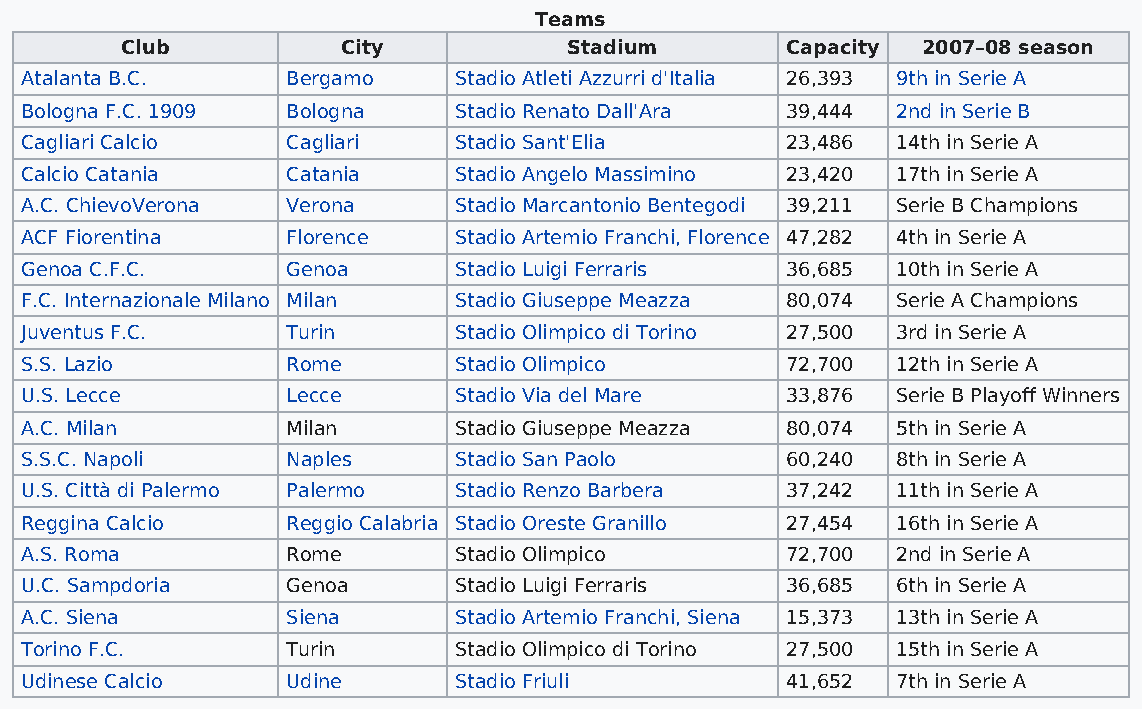
Teams
 Club           City           Stadium       Capacity 2007–08 season
 Atalanta B.C.     Bergamo    Stadio Atleti Azzurri d'Italia 26,393 9th in Serie A
 Bologna F.C. 1909 Bologna    Stadio Renato Dall'Ara 39,444 2nd in Serie B
 Cagliari Calcio   Cagliari   Stadio Sant'Elia      23,486 14th in Serie A
 Calcio Catania    Catania    Stadio Angelo Massimino 23,420 17th in Serie A
 A.C. ChievoVerona Verona     Stadio Marcantonio Bentegodi 39,211 Serie B Champions
 ACF Fiorentina    Florence   Stadio Artemio Franchi, Florence 47,282 4th in Serie A
 Genoa C.F.C.      Genoa      Stadio Luigi Ferraris 36,685 10th in Serie A
 F.C. Internazionale Milano Milan Stadio Giuseppe Meazza 80,074 Serie A Champions
 Juventus F.C.     Turin      Stadio Olimpico di Torino 27,500 3rd in Serie A
 S.S. Lazio        Rome       Stadio Olimpico       72,700 12th in Serie A
 U.S. Lecce        Lecce      Stadio Via del Mare   33,876 Serie B Playoff Winners
 A.C. Milan        Milan      Stadio Giuseppe Meazza 80,074 5th in Serie A
 S.S.C. Napoli     Naples     Stadio San Paolo      60,240 8th in Serie A
 U.S. Città di Palermo Palermo Stadio Renzo Barbera 37,242 11th in Serie A
 Reggina Calcio    Reggio Calabria Stadio Oreste Granillo 27,454 16th in Serie A
 A.S. Roma         Rome       Stadio Olimpico       72,700 2nd in Serie A
 U.C. Sampdoria    Genoa      Stadio Luigi Ferraris 36,685 6th in Serie A
 A.C. Siena        Siena      Stadio Artemio Franchi, Siena 15,373 13th in Serie A
 Torino F.C.       Turin      Stadio Olimpico di Torino 27,500 15th in Serie A
 Udinese Calcio    Udine      Stadio Friuli         41,652 7th in Serie A